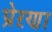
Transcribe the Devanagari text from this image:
प्रेऱणा